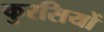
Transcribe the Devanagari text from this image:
कुरसियों